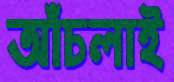
আঁচলাই